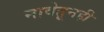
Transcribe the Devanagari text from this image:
नावेतूनही